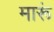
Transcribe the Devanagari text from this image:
मारूं